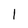
Character: I